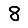
Digit: 8